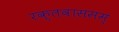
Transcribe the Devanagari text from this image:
रक्तवाससम्